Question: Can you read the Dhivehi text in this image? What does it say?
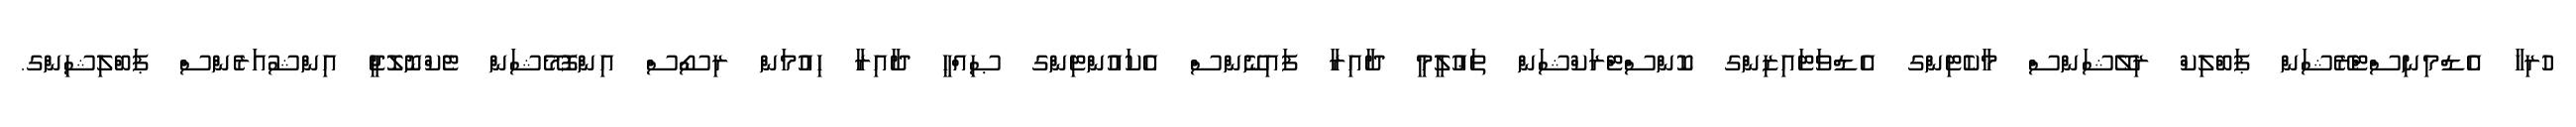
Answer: ހުރިހާ އެޑްމިނިސްޓްރޭޝަން ޕަބްލިކް ރިލޭޝަންސް މާކެޓިންގ އެޑްވަޓައިޒިންގ ކޮންސްޓްރަކްޝަން ތަޢުލީމީ ދާއިރާ ފައިނޭންސް އެކައުންޓިންގ ޞިއްޙީ ދާއިރާ ހިއުމަން ރިސޯސް އިންފޮމޭޝަން ޓެކްނޮލޮޖީ އިންޝުއަރެންސް ޕަބްލިޝިންގ.